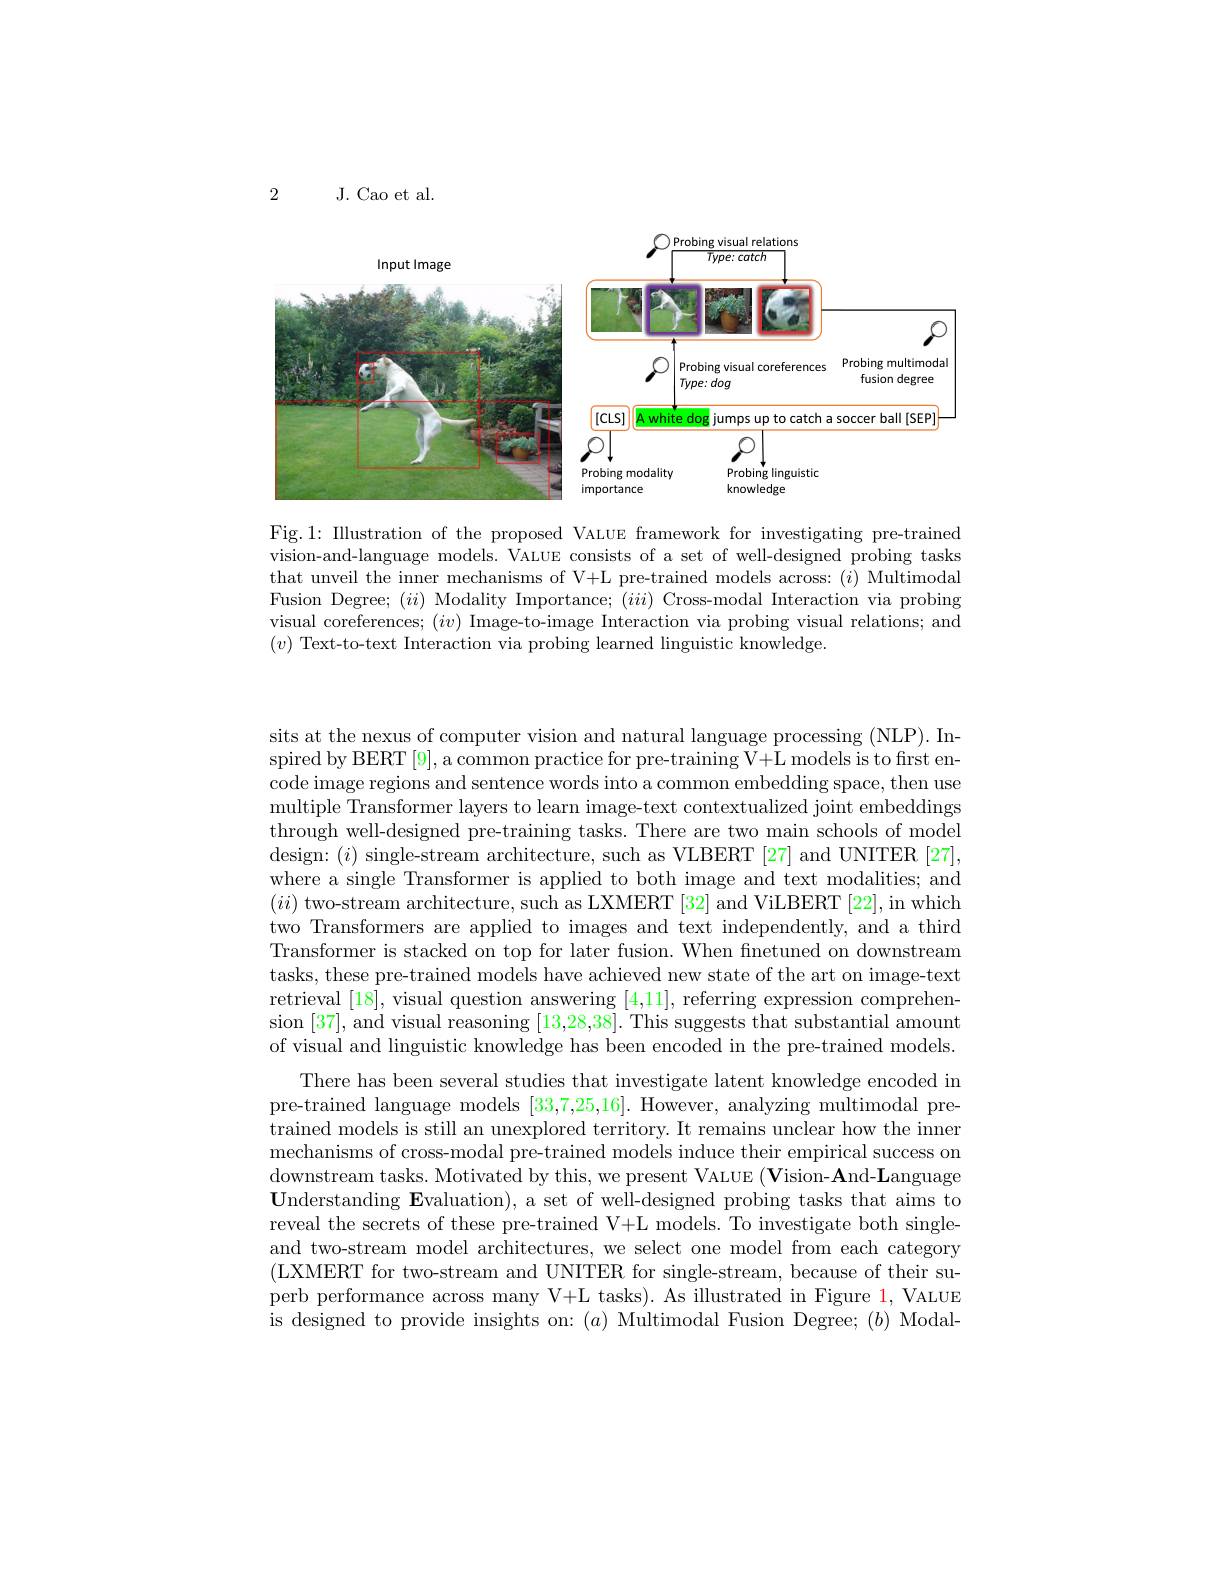
2

J. Cao et al.

<FigureHere>

Fig.1: Illustration of the proposed VALUE framework for investigating pre-trained vision-and-language models. VALUE consists of a set of well-designed probing tasks that unveil the inner mechanisms of V+L pre-trained models across: ($i)$ Multimodal Fusion Degree; $(ii)$ Modality Importance; $(iii)$ Cross-modal Interaction via probing visual coreferences; $(iv)$ Image-to-image Interaction via probing visual relations; and $(v)$ Text-to-text Interaction via probing learned linguistic knowledge.

sits at the nexus of computer vision and natural language processing (NLP). Inspired by BERT [9], a common practice for pre-training V+L models is to first encode image regions and sentence words into a common embedding space, then use multiple Transformer layers to learn image-text contextualized joint embeddings through well-designed pre-training tasks. There are two main schools of model design: $(i)$ single-stream architecture, such as VLBERT [27] and UNITER [27], where a single Transformer is applied to both image and text modalities; and $(ii)$ two-stream architecture, such as LXMERT [32] and ViLBERT [22], in which two Transformers are applied to images and text independently, and a third Transformer is stacked on top for later fusion. When fnetuned on downstream tasks, these pre-trained models have achieved new state of the art on image-text retrieval [18], visual question answering [4,11], referring expression comprehension [37], and visual reasoning [13,28,38]. This suggests that substantial amount of visual and linguistic knowledge has been encoded in the pre-trained models.
There has been several studies that investigate latent knowledge encoded in pre-trained language models [33,7,25,16]. However, analyzing multimodal pretrained models is still an unexplored territory. It remains unclear how the inner mechanisms of cross-modal pre-trained models induce their empirical success on downstream tasks. Motivated by this, we present VALUE $(\mathbf{V}$ision-$\mathbf{A}$nd-Language $\mathbf{U}$nderstanding Evaluation), a set of well-designed probing tasks that aims to reveal the secrets of these pre-trained V+L models. To investigate both singleand two-stream model architectures, we select one model from each category (LXMERT for two-stream and UNITER for single-stream, because of their superb performance across many V+L tasks). As illustrated in Figure 1, VALUE is designed to provide insights on: $(a)$ Multimodal Fusion Degree; $(b)$ Modal-